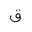
Letter: _qaf